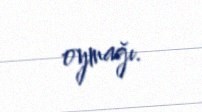
oymağı.